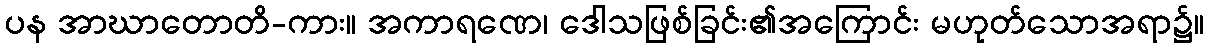
ပန အာဃာတောတိ-ကား။ အကာရဏေ၊ ဒေါသဖြစ်ခြင်း၏အကြောင်း မဟုတ်သောအရာ၌။